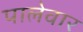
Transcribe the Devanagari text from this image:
पालेवार